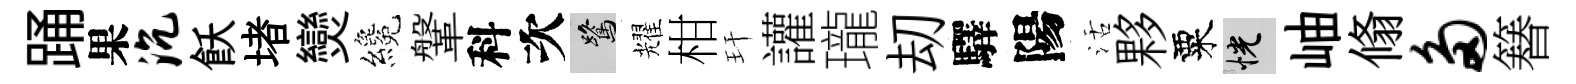
踊果沉飫堵𤓖纔鞶科次鷺耀柑玕讙瓏刧驛陽活夥粟恍岫翛多簮